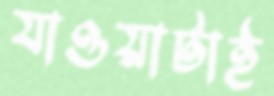
যাওয়াটাই